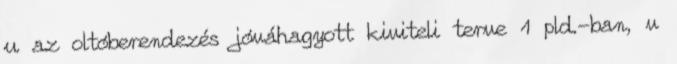
u az oltóberendezés jóváhagyott kiviteli terve 1 pld.-ban, v